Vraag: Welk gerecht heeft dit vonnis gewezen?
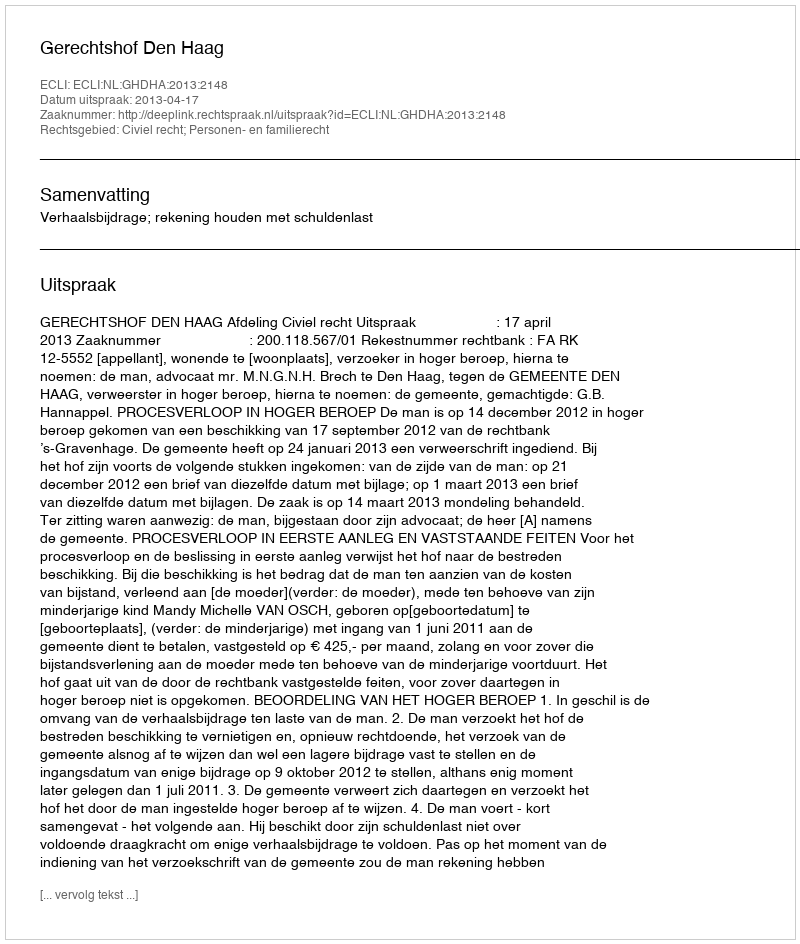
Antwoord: Gerechtshof Den Haag